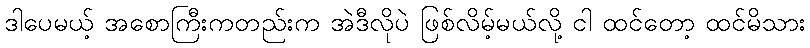
ဒါပေမယ့် အစောကြီးကတည်းက အဲဒီလိုပဲ ဖြစ်လိမ့်မယ်လို့ ငါ ထင်တော့ ထင်မိသား